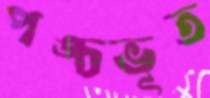
পঙ্চভূত